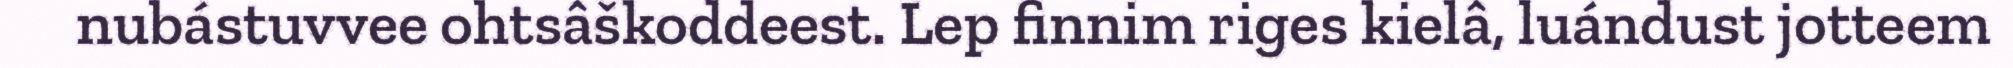
nubástuvvee ohtsâškoddeest. Lep finnim riges kielâ, luándust jotteem